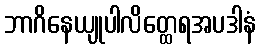
ဘာဂိနေယျုပါလိတ္ထေရအပဒါနံ